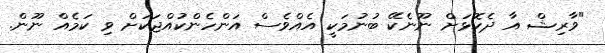
"ވާރިޝް އާ ދެކޮޅަށް ނޫނެކޭ ބުނުމަކީ އެއްވެސް އަންހެންކުއްޖަކަށް ވި ކަމެއް ނޫން.